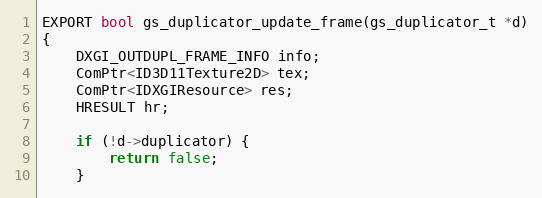
Language: C++
EXPORT bool gs_duplicator_update_frame(gs_duplicator_t *d)
{
	DXGI_OUTDUPL_FRAME_INFO info;
	ComPtr<ID3D11Texture2D> tex;
	ComPtr<IDXGIResource> res;
	HRESULT hr;

	if (!d->duplicator) {
		return false;
	}